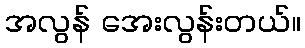
အလွန် အေးလွန်းတယ်။